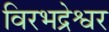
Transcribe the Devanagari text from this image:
विरभद्रेश्वर